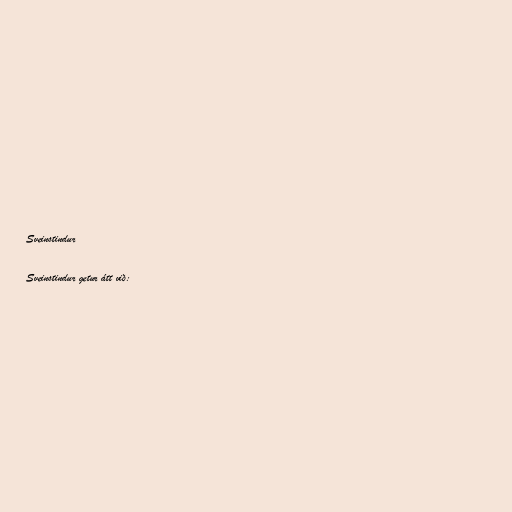
Sveinstindur

Sveinstindur getur átt við: